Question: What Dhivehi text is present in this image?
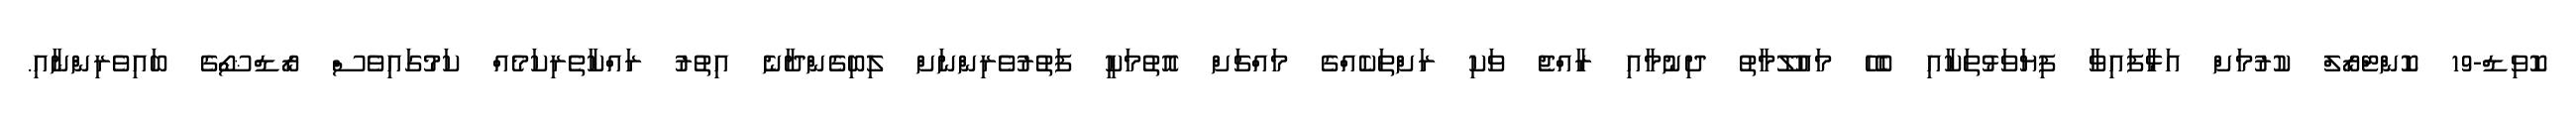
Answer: ކޮވިޑް-19 ކޮންޓްރޯލް ކުރުމަށް އަޅާފައިވާ ފިޔަވަޅުތަކާއި ބެހޭ މައުލޫމާތު ދިނުމާއި ރާއްޖެ ވަކި ރަށްތަކެއްގެ މައްޗަށް އޮތުމަކީ ފަތުރުވެރިންނަށް ލިބިގެންދާނެ އިތުރު ރައްކާތެރިކަމެއް ކަމުގައިވެސް ރޯޑްޝޯގެ ބައިވެރިންނާއި.